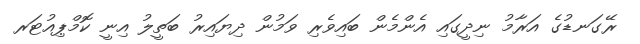
ރޭގަނޑުގެ އަރާމު ނިދީގައި އެންމެން ބައިވެރި ވަމުން ދިޔައިރު ބަތީލު އިނީ ކޮމްޕިއުޓަރ